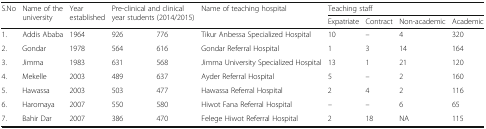
| <ROWSPAN=2> S.No | <ROWSPAN=2> Name of the university | <ROWSPAN=2> Year established | <ROWSPAN=2-COLSPAN=2> Pre-clinical and clinical year students (2014/2015) | <ROWSPAN=2> Name of teaching hospital | <COLSPAN=4> Teaching staff |
 | Expatriate | Contract | Non-academic | Academic |
 | --- | --- | --- | --- | --- | --- | --- | --- | --- | --- |
 | 1. | Addis Ababa | 1964 | 926 | 776 | Tikur Anbessa Specialized Hospital | 10 | – | 4 | 320 |
 | 2. | Gondar | 1978 | 564 | 616 | Gondar Referral Hospital | 1 | 3 | 14 | 164 |
 | 3. | Jimma | 1983 | 631 | 568 | Jimma University Specialized Hospital | 13 | 1 | 21 | 120 |
 | 4. | Mekelle | 2003 | 489 | 637 | Ayder Referral Hospital | 5 | – | 2 | 160 |
 | 5. | Hawassa | 2003 | 503 | 477 | Hawassa Referral Hospital | 2 | 4 | 2 | 116 |
 | 6. | Haromaya | 2007 | 550 | 580 | Hiwot Fana Referral Hospital | – | – | 6 | 65 |
 | 7. | Bahir Dar | 2007 | 386 | 470 | Felege Hiwot Referral Hospital | 2 | 18 | NA | 115 |